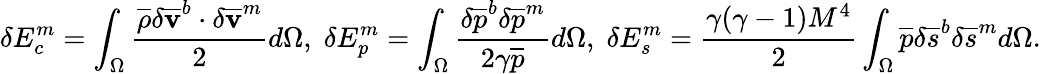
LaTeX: \delta E_{c}^{m}=\int_{\Omega}\frac{\overline{{\rho}}\delta{\mathbf{\overline{{v}}}}^{b}\cdot\delta{\mathbf{\overline{{v}}}}^{m}}{2}d\Omega,\; \delta E_{p}^{m}=\int_{\Omega}\frac{\delta\overline{{p}}^{b}\delta\overline{{p}}^{m}}{2\gamma\overline{{p}}}d\Omega,\; \delta E_{s}^{m}=\frac{\gamma(\gamma-1)M^{4}}{2}\int_{\Omega}\overline{{p}}\delta{{\overline{{s}}}}^{b}\delta{{\overline{{s}}}}^{m}d\Omega.